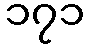
၁၇၁